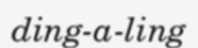
ding-a-ling